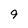
Character: 9